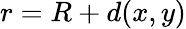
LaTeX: r=R+d(x,y)